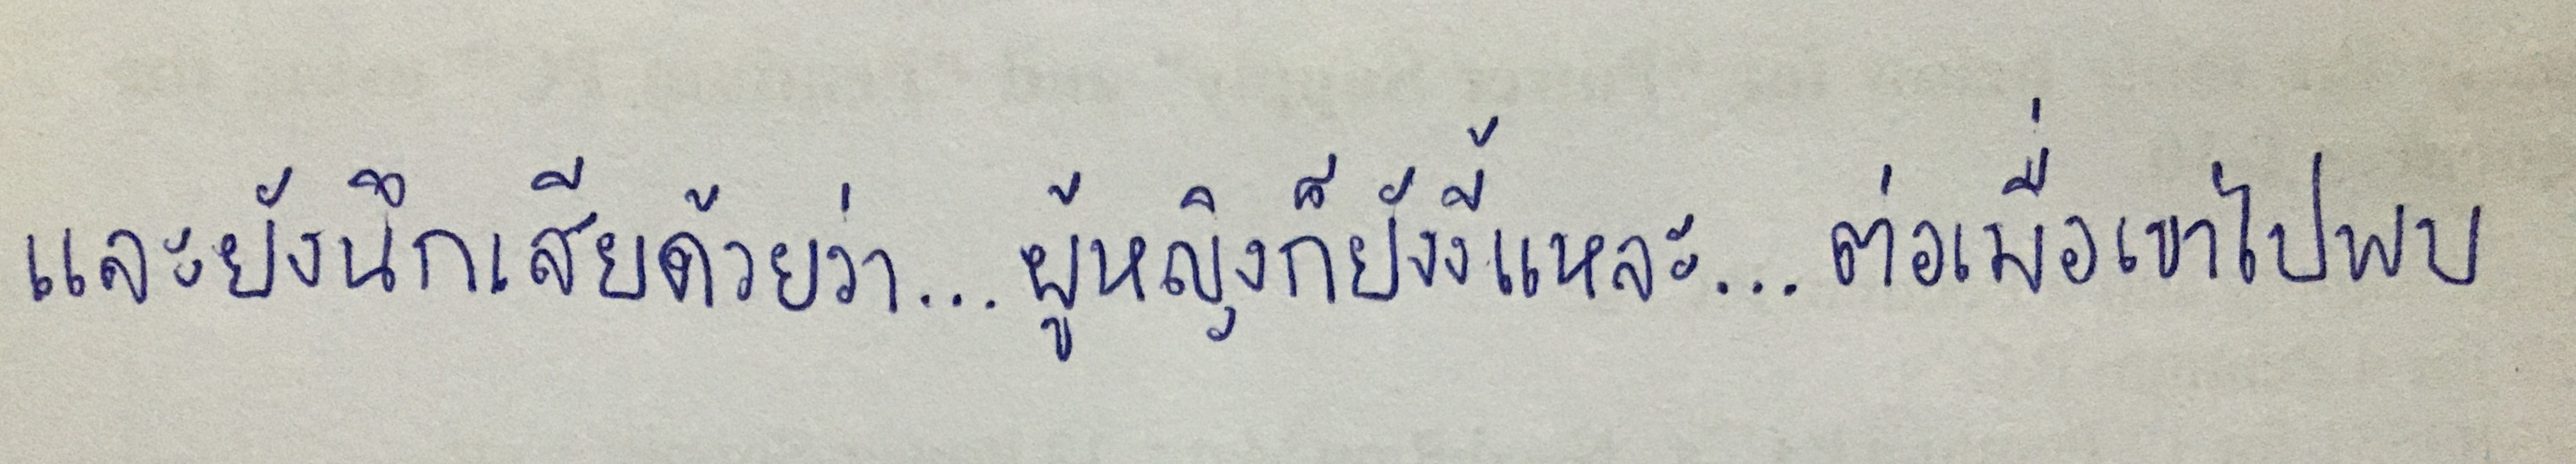
และยังนึกเสียด้วยว่า....ผู้หญิงก็ยังงี้แหละ....ต่อเมื่อเขาไปพบ